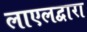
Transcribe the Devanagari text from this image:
लाएलद्वारा